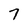
Character: 7